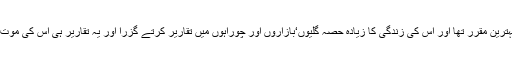
سقراط ایک بہترین مقرر تھا اور اس کی زندگی کا زیادہ حصہ گلیوں‘بازاروں اور چوراہوں میں تقاریر کرتے گزرا اور یہ تقاریر ہی اس کی موت کا سبب بنی۔